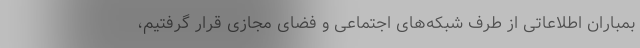
بمباران اطلاعاتی از طرف شبکه‌های اجتماعی و فضای مجازی قرار گرفتیم،